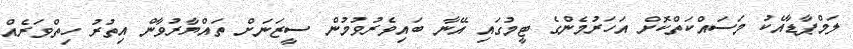
ލަމްޕާޑާއެކު މަސައްކަތްކޮށް އަހަރުމެންގެ ޓީމުގައި އޭނާ ބައިވެރުވުމުން ސީޒަނަށް ތައްޔާރުވާން އިތުރު ހިތްވަރެއް